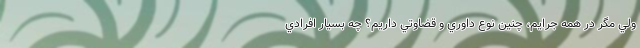
ولي مگر در همه جرایم، چنين نوع داوري و قضاوتي داريم؟ چه بسيار افرادي